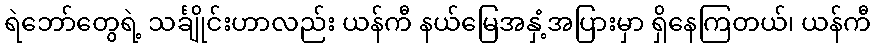
ရဲဘော်တွေရဲ့ သင်္ချိုင်းဟာလည်း ယန်ကီ နယ်မြေအနှံ့အပြားမှာ ရှိနေကြတယ်၊ ယန်ကီ